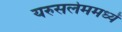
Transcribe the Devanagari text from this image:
यरुसलेममध्यें